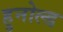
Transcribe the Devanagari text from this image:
हुनोल्ड